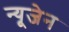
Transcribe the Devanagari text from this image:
न्यूजेन